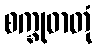
စက္ခုဓာတုံ